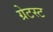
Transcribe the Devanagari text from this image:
ग्रेटस्ट